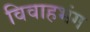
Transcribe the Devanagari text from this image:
विवाहभंग